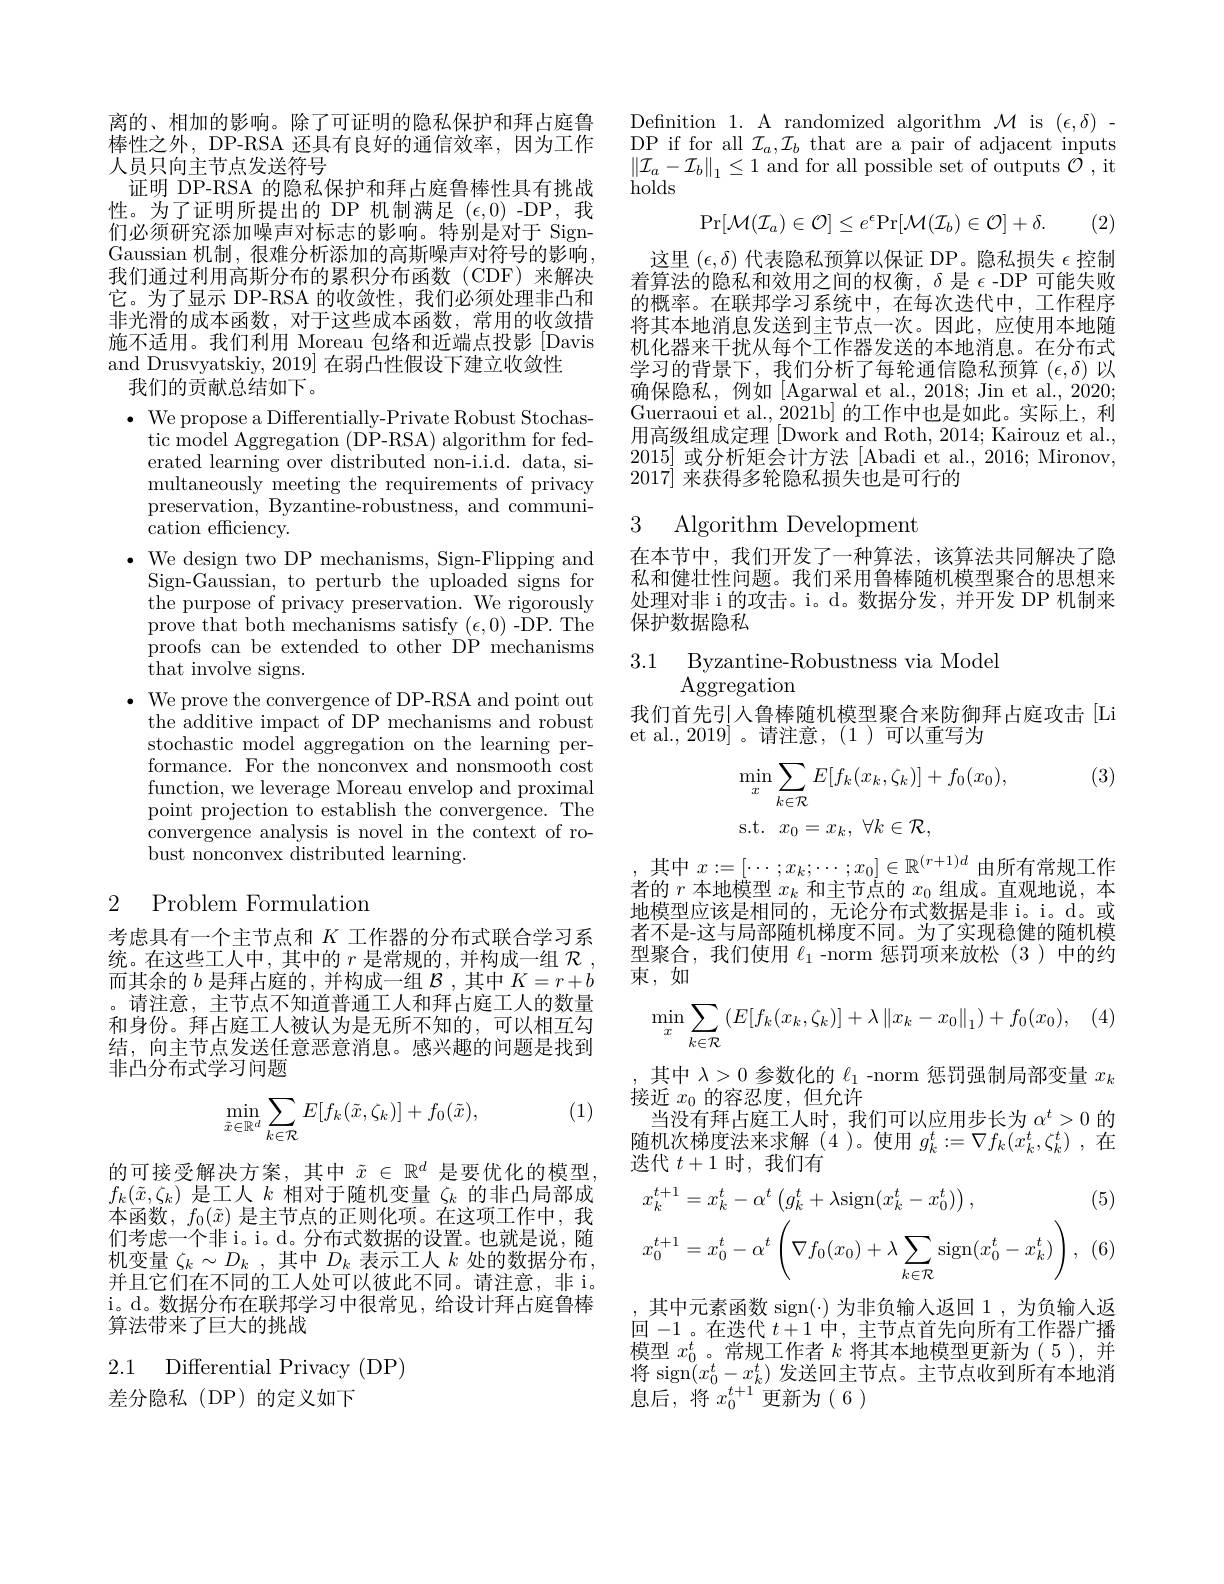
离的、相加的影响。除了可证明的隐私保护和拜占庭鲁棒性之外，DP-RSA 还具有良好的通信效率，因为工作人员只向主节点发送符号
证明 DP-RSA 的隐私保护和拜占庭鲁棒性具有挑战性。为了证明所提出的 DP 机制满足($\epsilon,0)$-DP,我们必须研究添加噪声对标志的影响。特别是对于 SignGaussian 机制，很难分析添加的高斯噪声对符号的影响我们通过利用高斯分布的累积分布函数(CDF)来解决它。为了显示 DP-RSA 的收敛性，我们必须处理非凸和非光滑的成本函数，对于这些成本函数，常用的收敛措施不适用。我们利用 Moreau 包络和近端点投影 [Davis and Drusvyatskiy, 2019] 在弱凸性假设下建立收敛性
我们的贡献总结如下。
$\cdot$ We propose a Differentially-Private Robust Stochas-
tic model Aggregation (DP-RSA) algorithm for federated learning over distributed non-i.i.d. data, simultaneously meeting the requirements of privacy preservation, Byzantine-robustness, and communication efficiency.
$\bullet$ We design two DP mechanisms, Sign-Flipping and
Sign-Gaussian, to perturb the uploaded signs for ${\mathrm{the~purpose~of~privacy~preservation.~We~rigorously}}$ prove that both mechanisms satisfy $(\epsilon,0)$-DP. The proofs can be extended to other DP mechanisms that involve signs.
$\bullet$ We prove the convergence of DP-RSA and point out
the additive impact of DP mechanisms and robust stochastic model aggregation on the learning performance. For the nonconvex and nonsmooth cost function, we leverage Moreau envelop and proximal point projection to establish the convergence. The convergence analysis is novel in the context of robust nonconvex distributed learning.

# 2 Problem Formulation

考虑具有一个主节点和$K$工作器的分布式联合学习系统。在这些工人中，其中的$r$是常规的，并构成一组$\mathcal{R}$ 而其余的$b$是拜占庭的，并构成一组$\mathcal{B}$ ,其中$K=r+b$ 。请注意，主节点不知道普通工人和拜占庭工人的数量和身份。拜占庭工人被认为是无所不知的，可以相互勾结，向主节点发送任意恶意消息。感兴趣的问题是找到非凸分布式学习问题

(1)
$$\min\limits_{\tilde{x}\in\mathbb{R}^d}\sum\limits_{k\in\mathcal{R}}E[f_k(\tilde{x},\zeta_k)]+f_0(\tilde{x}),$$
的可接受解决方案，其中$\tilde{x}\in\mathbb{R}^d$是要优化的模型$f_k(\tilde{x},\zeta_k)$是工人$k$相对于随机变量$\zeta_k$的非凸局部成本函数，$f_0(\tilde{x})$是主节点的正则化项。在这项工作中，我们考虑一个非 i。i。d。分布式数据的设置。也就是说，随机变量$\zeta_k\sim D_k$ ,其中$D_k$表示工人$k$处的数据分布， 并且它们在不同的工人处可以彼此不同。请注意，非 i。i。d。数据分布在联邦学习中很常见，给设计拜占庭鲁棒算法带来了巨大的挑战

2.1 Differential Privacy(DP)

差分隐私(DP)的定义如下

Definition 1. A randomized algorithm $\mathcal{M}$ is $(\epsilon,\delta)$ DP if for all $\mathcal{I}_a,\mathcal{I}_b$ that are a pair of adjacent inputs $\|\mathcal{I}_{a}-\mathcal{I}_{b}\|_{1}\leq1$ and for all possible set of outputs $\mathcal{O}$,it holds
$$\mathrm{Pr}[\mathcal{M}(\mathcal{I}_{a})\in\mathcal{O}]\leq e^{\epsilon}\mathrm{Pr}[\mathcal{M}(\mathcal{I}_{b})\in\mathcal{O}]+\delta.$$
(2)

这里$(\epsilon,\delta)$代表隐私预算以保证 DP。隐私损失$\epsilon$控制着算法的隐私和效用之间的权衡，$\delta$是$\epsilon$ -DP 可能失败的概率。在联邦学习系统中，在每次迭代中，工作程序将其本地消息发送到主节点一次。因此，应使用本地随机化器来干扰从每个工作器发送的本地消息。在分布式学习的背景下，我们分析了每轮通信隐私预算$(\epsilon,\delta)$以确保隐私，例如[Agarwal et al., 2018; Jin et al., 2020; Guerraoui et al., 2021b] 的工作中也是如此。实际上，利用高级组成定理[Dwork and Roth, 2014; Kairouz et al., 2015]或分析矩会计方法 [Abadi et al., 2016; Mironov, 2017] 来获得多轮隐私损失也是可行的

3 Algorithm Development

在本节中，我们开发了一种算法，该算法共同解决了隐私和健壮性问题。我们采用鲁棒随机模型聚合的思想来处理对非 i 的攻击。i。d。数据分发，并开发 DP 机制来保护数据隐私

3.1 Byzantine-Robustness via Model
$\operatorname{Aggregation}$

我们首先引入鲁棒随机模型聚合来防御拜占庭攻击[Li
et al., 2019]。请注意，(1)可以重写为

(3)
$$\begin{aligned}&\min_{x}\sum_{k\in\mathcal{R}}E[f_{k}(x_{k},\zeta_{k})]+f_{0}(x_{0}),\\&\mathrm{s.t.}\:x_{0}=x_{k},\:\forall k\in\mathcal{R},\end{aligned}$$
其中$x:=[\cdots;x_k;\cdots;x_0]\in\mathbb{R}^{(r+1)d}$由所有常规工作$\dot{\text{者的 }r\text{ 本地模型 }x_k\text{ 和主节点的 }x_0\text{ 组成。直观地说，本}}$ 地模型应该是相同的，无论分布式数据是非 i。i。d。或者不是-这与局部随机梯度不同。为了实现稳健的随机模型聚合，我们使用$\ell_1$ -norm 惩罚项来放松(3)中的约束，如
$$\min_{x}\sum_{k\in\mathcal{R}}\left(E[f_k(x_k,\zeta_k)]+\lambda\left\|x_k-x_0\right\|_1\right)+f_0(x_0),$$
其中$\lambda>0$参数化的$\ell_1$ -norm 惩罚强制局部变量$x_k$
接近$x_0$的容忍度，但允许
当没有拜占庭工人时，我们可以应用步长为$\alpha^t>0$的随机次梯度法来求解(4)。使用$g_k^t:=\nabla f_k(x_k^t,\zeta_k^t)$ ,在迭代$t+1$时，我们有

(5)
$$\begin{aligned}&x_{k}^{t+1}=x_{k}^{t}-\alpha^{t}\left(g_{k}^{t}+\lambda\mathrm{sign}(x_{k}^{t}-x_{0}^{t})\right),\\&x_{0}^{t+1}=x_{0}^{t}-\alpha^{t}\left(\nabla f_{0}(x_{0})+\lambda\sum_{k\in\mathcal R}\mathrm{sign}(x_{0}^{t}-x_{k}^{t})\right),\end{aligned}$$
(6

,其中元素函数 sign(-)为非负输人返回 1,为负输入返回-1 。在迭代$t+1$中，主节点首先向所有工作器广播模型$x_0^t$。常规工作者$k$将其本地模型更新为(5),并将 sign$(x_0^t-x_k^t)$发送回主节点。主节点收到所有本地消息后，将$x_0^t+1$更新为(6)